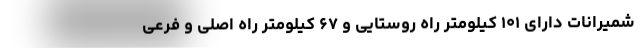
شمیرانات دارای ۱۰۱ کیلومتر راه روستایی و ۶۷ کیلومتر راه اصلی و فرعی